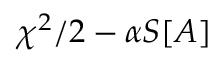
\chi ^ { 2 } / 2 - { \alpha } S [ A ]